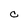
Character: C